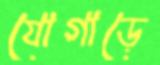
যোগাড়ে